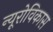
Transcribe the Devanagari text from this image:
न्यूरोविकास